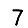
Digit: 7